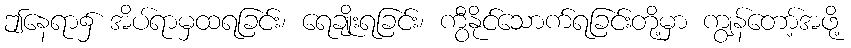
ဤနေရာ၌ အိပ်ရာမှထရခြင်း၊ ရေချိုးရခြင်း၊ ကွီနိုင်သောက်ရခြင်းတို့မှာ ကျွန်တော့်အဖို့